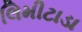
લિમીટાડા